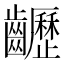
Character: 𪙽